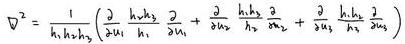
$\nabla^{2}=\frac{1}{h_{1} h_{2} h_{3}}\left(\frac{\partial}{\partial u_{1}} \frac{h_{2} h_{3}}{h_{1}} \frac{\partial}{\partial u_{1}}+\frac{\partial}{\partial u_{2}} \frac{h_{1} h_{3}}{h_{2}} \frac{\partial}{\partial u_{2}}+\frac{\partial}{\partial u_{3}} \frac{h_{1} h_{2}}{h_{3}} \frac{\partial}{\partial u_{3}}\right)$